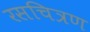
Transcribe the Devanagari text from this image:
रसचित्रण